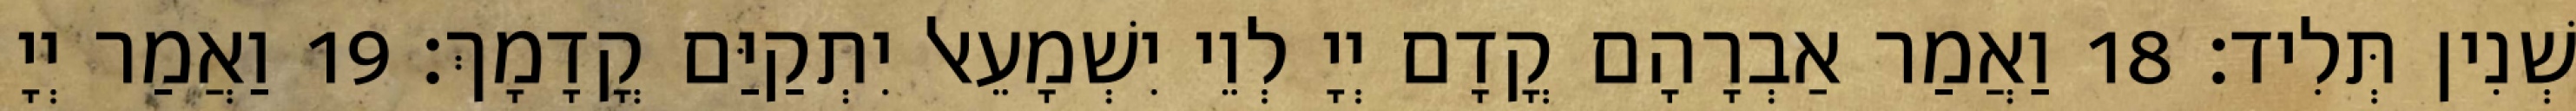
שְׁנִין תְּלִיד׃ 18 וַאֲמַר אַבְרָהָם קֳדָם יְיָ לְוֵי יִשְׁמָעֵאל יִתְקַיַּם קֳדָמָךְ׃ 19 וַאֲמַר יְיָ